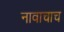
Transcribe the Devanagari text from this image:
नावाचाच